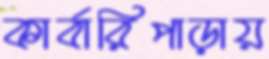
কার্বারিপাড়ায়